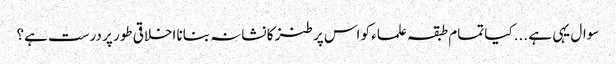
سوال یہی ہے ...کیا تمام طبقہ علماء کو اس پر طنز کا نشانہ بنانا اخلاقی طور پر درست ہے؟